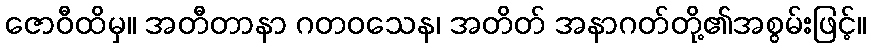
ဇောဝီထိမှ။ အတီတာနာ ဂတဝသေန၊ အတိတ် အနာဂတ်တို့၏အစွမ်းဖြင့်။